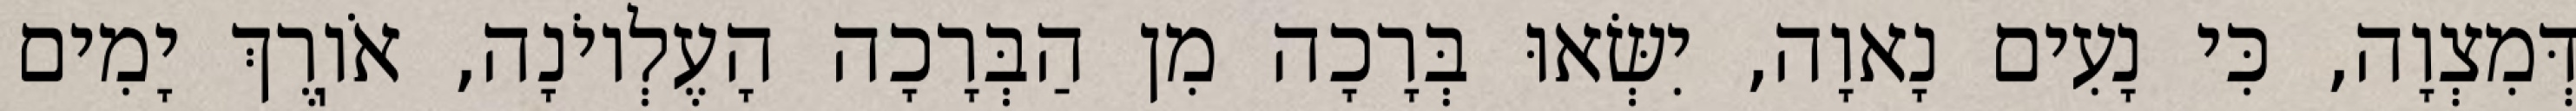
דְּמִצְוָה, כִּי נָעִים נָאוָה, יִשְּׂאוּ בְּרָכָה מִן הַבְּרָכָה הָעֶלְיוֹנָה, אֹוֽרֶךְ יָמִים